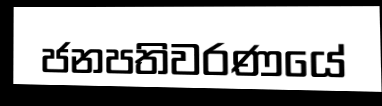
ජනපතිවරණයේ